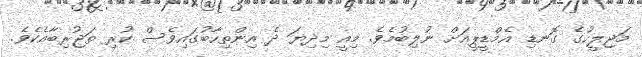
މަޖިލީހުގެ ގޮނޑި އެމްޑީޕީއަށް ނުލިބުމެވެ. މިއީ މިދިޔަ ދެ އިންތިހާބުގައިވެސް ކުރި ތަޖުރިބާއެކެވެ.